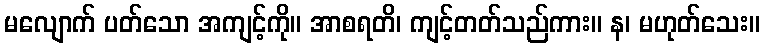
မလျောက် ပတ်သော အကျင့်ကို။ အာစရတိ၊ ကျင့်တတ်သည်ကား။ န၊ မဟုတ်သေး။